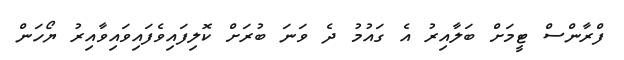
ފްރާންސް ޓީމަށް ބަލާއިރު އެ ގައުމު ދެ ވަނަ ބުރަށް ކޮލިފައިވެފައިވައިވާއިރު ޔޯހަން